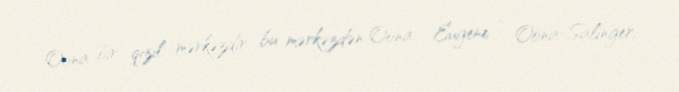
Oona bir qızıl mərkəzdir, bu mərkəzdən Oona – Eugene , Oona-Salinger,